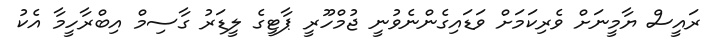
ރައީސް ޔާމީނަށް ވެރިކަމަށް ވަޑައިގެންނެވުނީ ޖުމްހޫރީ ޕާޓީގެ ލީޑަރު ގާސިމް އިބްރާހީމާ އެކު